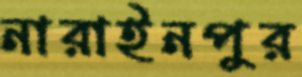
নারাইনপুর